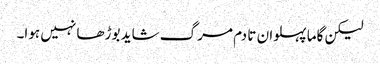
لیکن گاما پہلوان تا دم مرگ شاید بوڑھا نہیں ہوا۔